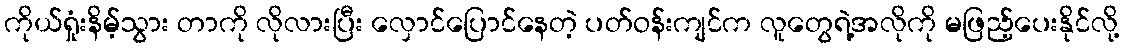
ကိုယ်ရှုံးနိမ့်သွား တာကို လိုလားပြီး လှောင်ပြောင်နေတဲ့ ပတ်ဝန်းကျင်က လူတွေရဲ့အလိုကို မဖြည့်ပေးနိုင်လို့